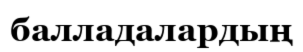
балладалардың